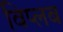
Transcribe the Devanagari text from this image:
विप्लब